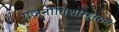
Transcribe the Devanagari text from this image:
राजनीतिशास्त्राचे